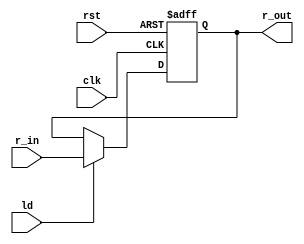
module register ( clk, rst, ld,r_in,r_out);
	parameter n = 32;
	input clk, rst, ld;
    	input [n-1:0] r_in;
   	 output reg [n-1:0] r_out;
	always@(posedge clk, negedge rst)begin
		if(~rst)
			r_out <= 0;
		else if(ld == 1'b1)
				r_out <= r_in;
	end
 endmodule